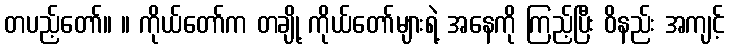
တပည့်တော်။ ။ ကိုယ်တော်က တချို့ ကိုယ်တော်များရဲ့ အနေကို ကြည့်ပြီး ဝိနည်း အကျင့်